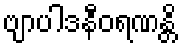
ဗျာပါဒနီဝရဏန္တိ